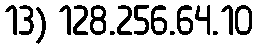
13) 128.256.64.10